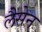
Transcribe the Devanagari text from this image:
लैसेन